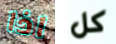
اذا كل